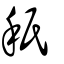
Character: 秖